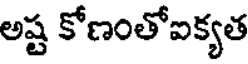
అష్ట కోణంతోఐక్యత